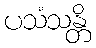
ပသံသန္တိ